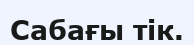
Сабағы тік.